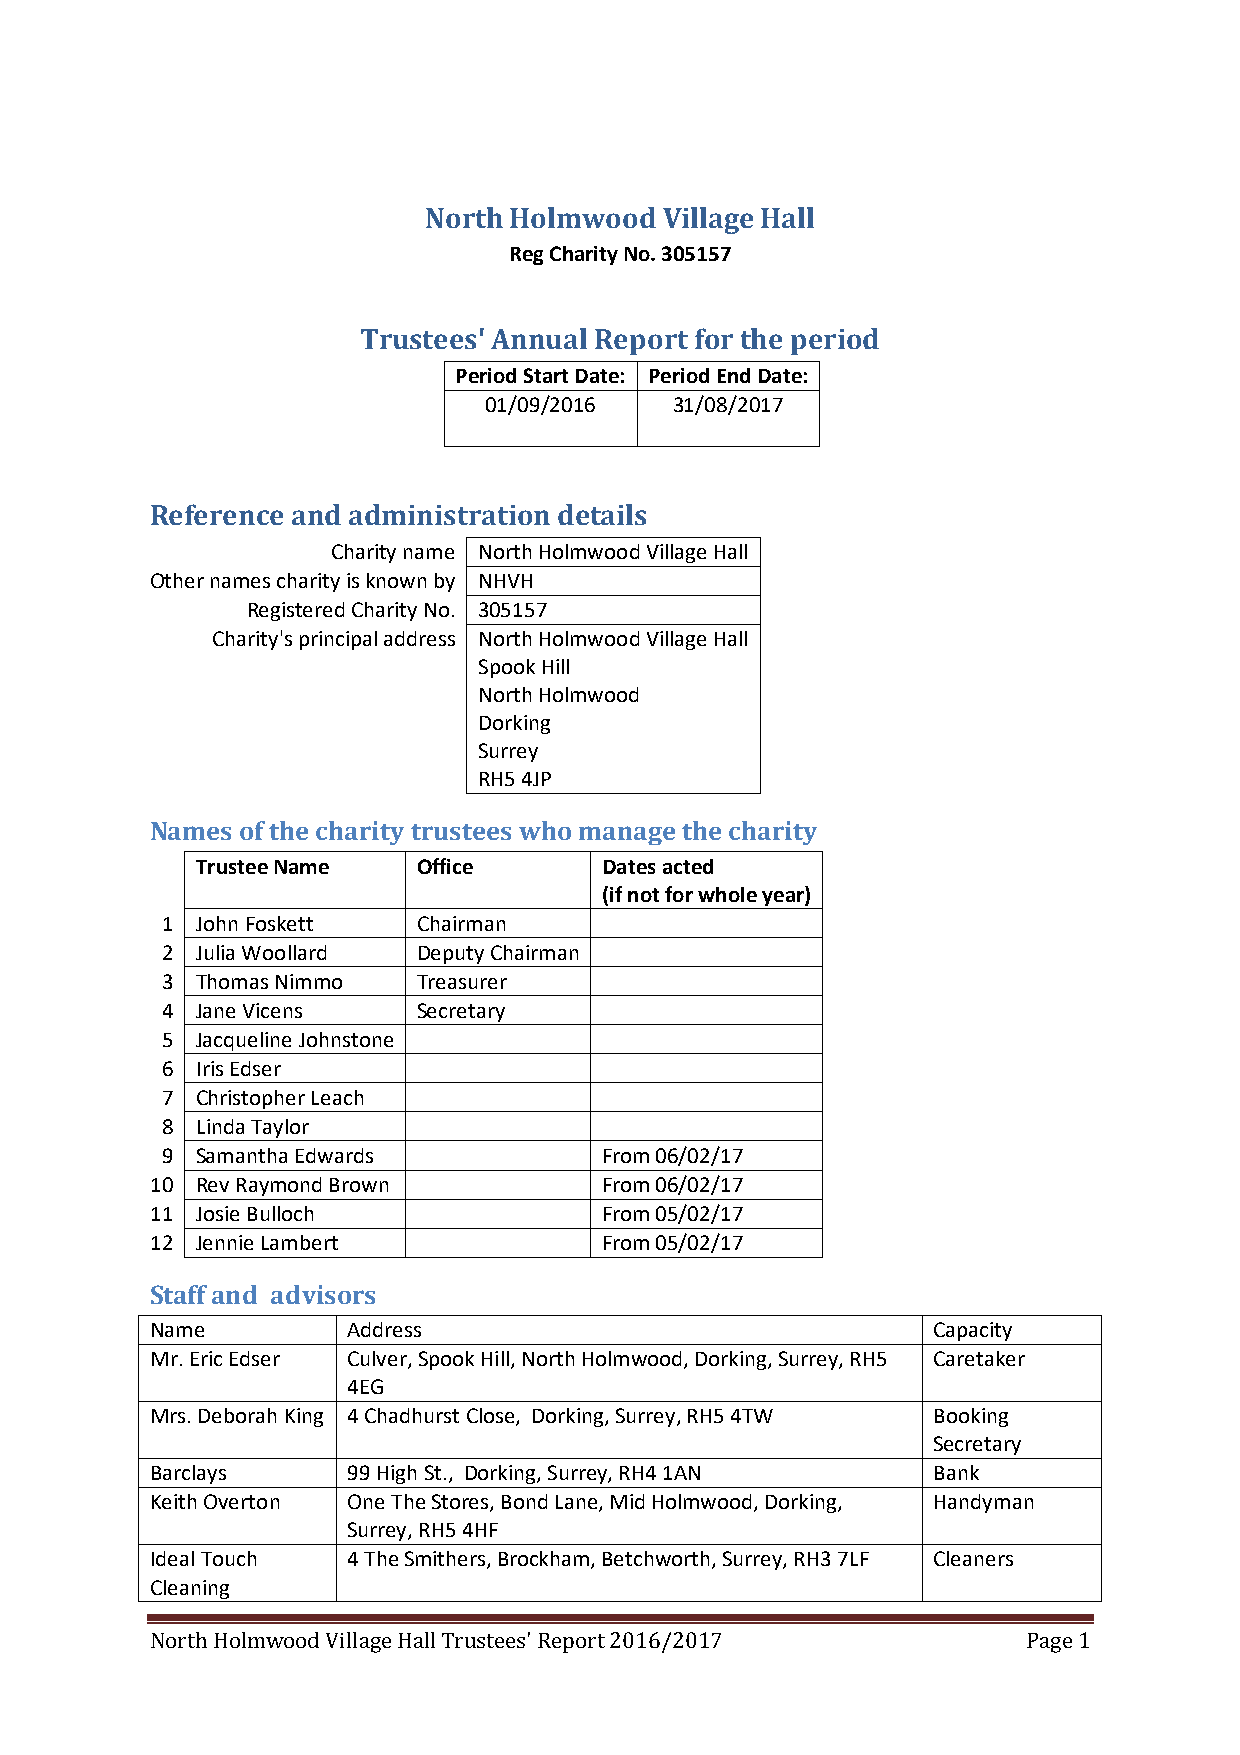
North Holmwood  Village Hall
 Reg Charity No. 305157
 Trustees' Annual Report for the period
 Period Start Date: Period End Date:
 01/09/2016   31/08/2017
 Reference and administration details
 Charity name North Holmwood Village Hall
 Other names charity is known by NHVH
 Registered Charity No. 305157
 Charity's principal address North Holmwood Village Hall
 Spook Hill
 North Holmwood
 Dorking
 Surrey
 RH5 4JP
 Names of the charity trustees who manage the charity
 Trustee Name   Office      Dates acted
 (if not for whole year)
 1 John Foskett   Chairman
 2 Julia Woollard Deputy Chairman
 3 Thomas Nimmo   Treasurer
 4 Jane Vicens    Secretary
 5 Jacqueline Johnstone
 6 Iris Edser
 7 Christopher Leach
 8 Linda Taylor
 9 Samantha Edwards           From 06/02/17
 10 Rev Raymond Brown          From 06/02/17
 11 Josie Bulloch              From 05/02/17
 12 Jennie Lambert             From 05/02/17
 Staff and advisors
 Name         Address                                Capacity
 Mr. Eric Edser Culver, Spook Hill, North Holmwood, Dorking, Surrey, RH5 Caretaker
 4EG
 Mrs. Deborah King 4 Chadhurst Close, Dorking, Surrey, RH5 4TW Booking
 Secretary
 Barclays     99 High St., Dorking, Surrey, RH4 1AN  Bank
 Keith Overton One The Stores, Bond Lane, Mid Holmwood, Dorking, Handyman
 Surrey, RH5 4HF
 Ideal Touch  4 The Smithers, Brockham, Betchworth, Surrey, RH3 7LF Cleaners
 Cleaning
 North Holmwood Village Hall Trustees' Report 2016/2017    Page 1